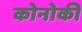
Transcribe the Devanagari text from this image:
कोनोकी